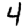
Digit: 4